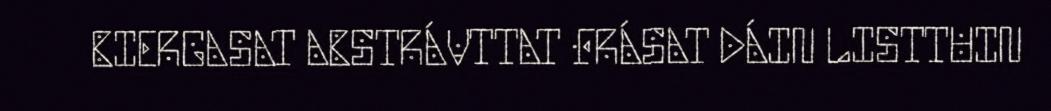
BIERGASAT ABSTRÁVTTAT FRÁSAT DÁIN LISTTUIN